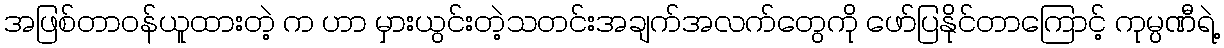
အဖြစ်တာဝန်ယူထားတဲ့ က ဟာ မှားယွင်းတဲ့သတင်းအချက်အလက်တွေကို ဖော်ပြနိုင်တာကြောင့် ကုမ္ပဏီရဲ့